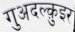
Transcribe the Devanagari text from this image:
गुअदल्क़ुइर